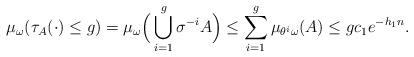
LaTeX: \begin{align*}\mu_\omega( \tau_A(\cdot)\le g)=\mu_\omega\Big(\bigcup_{i=1}^g\sigma^{-i}A\Big)\le \sum_{i=1}^g \mu_{\theta^i\omega}(A)\le gc_1e^{-h_1n}.\end{align*}